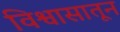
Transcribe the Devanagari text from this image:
विश्वासातून